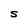
Character: S